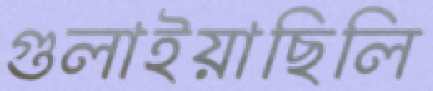
গুলাইয়াছিলি